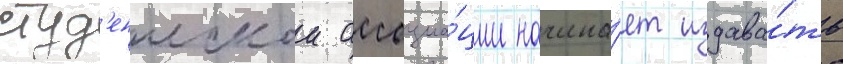
студ'енческои ассоциа́ции начина́ет издава́ть